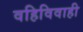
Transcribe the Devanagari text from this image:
वहिविवाही